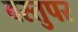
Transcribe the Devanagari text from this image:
वस्तुपर